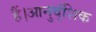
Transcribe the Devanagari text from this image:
हैं।आनुव्ंशिक